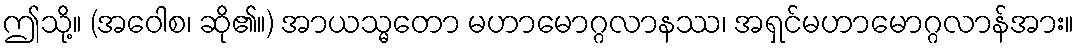
ဤသို့။ (အဝေါစ၊ ဆို၏။) အာယသ္မတော မဟာမောဂ္ဂလာနဿ၊ အရှင်မဟာမောဂ္ဂလာန်အား။